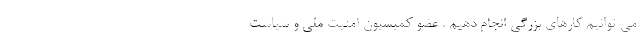
می توانیم کارهای بزرگی انجام دهیم . عضو کمیسیون امنیت ملی و سیاست